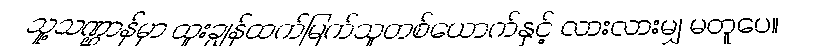
သူ့သဏ္ဌာန်မှာ ထူးချွန်ထက်မြက်သူတစ်ယောက်နှင့် လားလားမျှ မတူပေ။